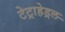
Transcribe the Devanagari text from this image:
टेट्राहेड्रल